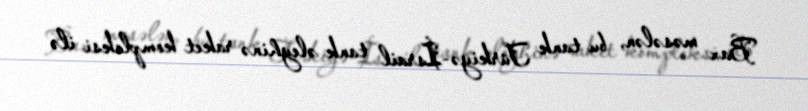
Bax məsələn, bu tank Türkiyə-İsrail tank əleyhinə raket kompleksi ilə